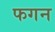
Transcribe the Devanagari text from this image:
फगन